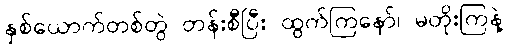
နှစ်ယောက်တစ်တွဲ တန်းစီပြီး ထွက်ကြနော်၊ မတိုးကြနဲ့